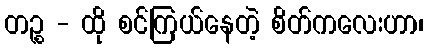
တဉ္စ - ထို စင်ကြယ်နေတဲ့ စိတ်ကလေးဟာ၊